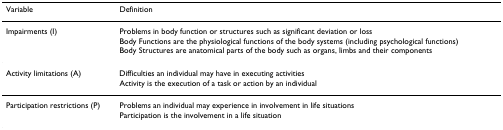
<table><thead><tr><td><b>Variable</b></td><td><b>Definition</b></td></tr></thead><tbody><tr><td>Impairments (I)</td><td>Problems in body function or structures such as significant deviation or loss</td></tr><tr><td></td><td>Body Functions are the physiological functions of the body systems (including psychological functions)Body Structures are anatomical parts of the body such as organs, limbs and their components</td></tr><tr><td>Activity limitations (A)</td><td>Difficulties an individual may have in executing activities</td></tr><tr><td></td><td>Activity is the execution of a task or action by an individual</td></tr><tr><td>Participation restrictions (P)</td><td>Problems an individual may experience in involvement in life situations</td></tr><tr><td></td><td>Participation is the involvement in a life situation</td></tr></tbody></table>